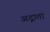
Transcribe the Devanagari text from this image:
अद्गाता